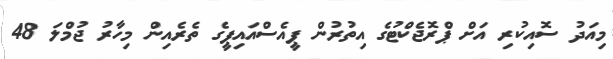
މިއަދު ސޮއިކުރި އަށް ޕްރޮޖެކްޓުގެ އިތުރުން ޕީއެސްއައިޕީގެ ތެރެއިން މިހާރު ޖުމްލަ 48